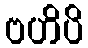
ဗဟိပိ